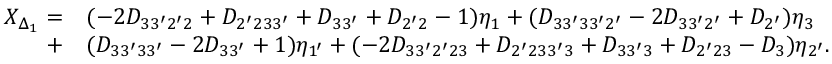
\begin{array} { r l } { X _ { \Delta _ { 1 } } = } & { ( - 2 D _ { 3 3 ^ { \prime } 2 ^ { \prime } 2 } + D _ { 2 ^ { \prime } 2 3 3 ^ { \prime } } + D _ { 3 3 ^ { \prime } } + D _ { 2 ^ { \prime } 2 } - 1 ) { \eta _ { 1 } } + ( { { D _ { 3 3 ^ { \prime } 3 3 ^ { \prime } 2 ^ { \prime } } } - 2 { D _ { 3 3 ^ { \prime } 2 ^ { \prime } } } + { D _ { 2 ^ { \prime } } } } ) { \eta _ { 3 } } } \\ { + } & { ( { D _ { 3 3 ^ { \prime } 3 3 ^ { \prime } } - 2 { D _ { 3 3 ^ { \prime } } } + 1 } ) { \eta _ { 1 ^ { \prime } } } + ( - 2 { D _ { 3 3 ^ { \prime } 2 ^ { \prime } 2 3 } } + { D _ { 2 ^ { \prime } 2 3 3 ^ { \prime } 3 } } + { D _ { 3 3 ^ { \prime } 3 } } + { D _ { 2 ^ { \prime } 2 3 } } - { D _ { 3 } } ) { \eta _ { 2 ^ { \prime } } } . } \end{array}